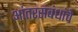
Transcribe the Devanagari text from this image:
आंतरसंबंधांचे